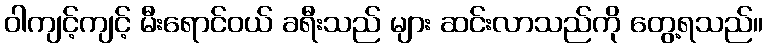
ဝါကျင့်ကျင့် မီးရောင်ဝယ် ခရီးသည် များ ဆင်းလာသည်ကို တွေ့ရသည်။